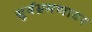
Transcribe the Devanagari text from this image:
सूर्यभ्रमणावर